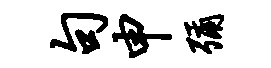
句申弥